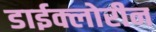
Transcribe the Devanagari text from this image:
डाईक्लोरीन